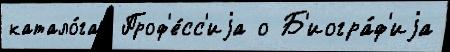
катало́гах Проф'е́сс'иjа о Б'иогра́ф'иjа